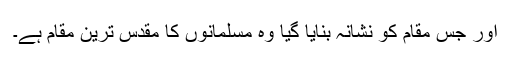
اور جس مقام کو نشانہ بنایا گیا وہ مسلمانوں کا مقدس ترین مقام ہے۔